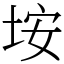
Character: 垵